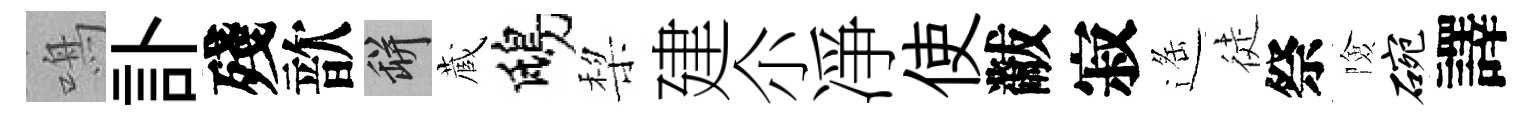
鳴訃殘歆瓶蔵鴟棃建尒凈使黻寂遥徒祭險碗譯